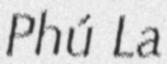
Phú La